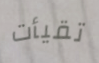
تقيأت